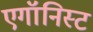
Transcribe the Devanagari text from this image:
एगॉनिस्ट